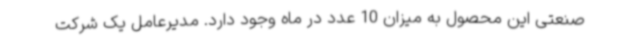
صنعتی این محصول به میزان 10 عدد در ماه وجود دارد. مدیرعامل یک شرکت